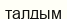
талдым